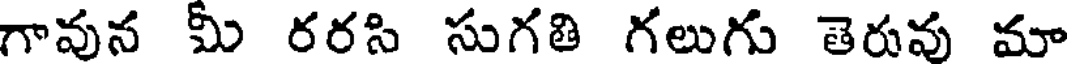
గావున మీ రరసి సుగతి గలుగు తెరువు మా